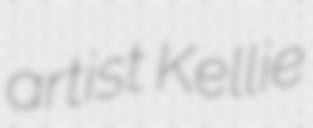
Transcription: artist Kellie